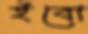
ইবো